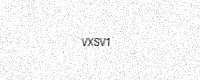
Text: VXSV1